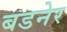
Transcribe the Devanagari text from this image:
बडनेर